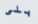
بلى